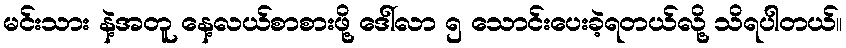
မင်းသား နဲ့အတူ နေ့လယ်စာစားဖို့ ဒေါ်လာ ၅ သောင်းပေးခဲ့ရတယ်လို့ သိရပါတယ်။